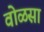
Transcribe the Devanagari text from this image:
वोळसा